Indian journal of veterinary science and animal husbandry - Volume 4,
Year: 1934
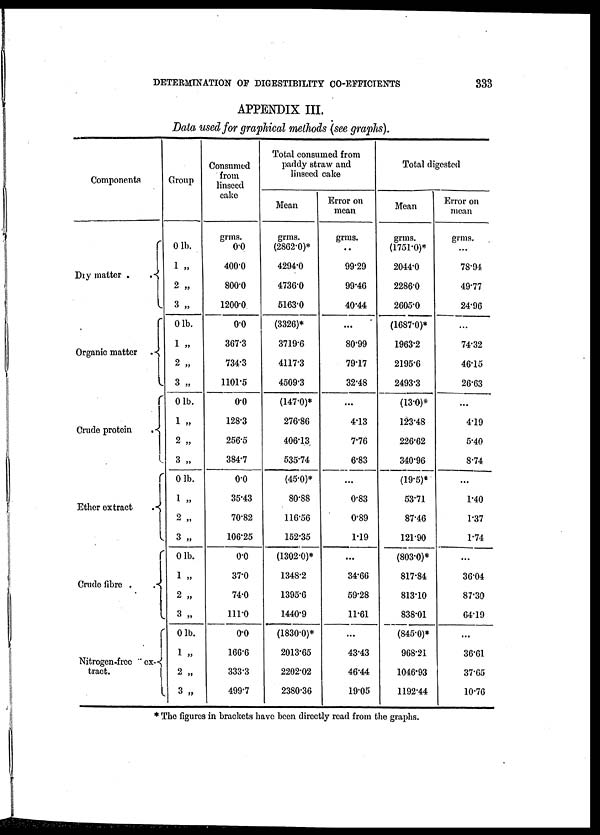
DETERMINATION OF DIGESTIBILITY CO-EFFICIENTS
333
APPENDIX III.
Data used for graphical methods (see graphs).
Components
Dry matter . . {
Organic matter . {
Crude protein . {
Ether extract . {
Crude fibre . {
Nitrogen-free ex {
tract.
Group
0 lb.
1 „
2 „
3 „
0 lb.
1 „
2 „
3 „
0 lb.
1 „
2 „
3 „
0 lb.
1 „
2
3 „
0 lb.
1 „
2 „
3 „
0 lb.
1 „
2 „
3 „
Consumed
from
linseed
cake
grms.
0.0
400.0
800.0
1200.0
0.0
367.3
734.3
1101.5
0.0
128.3
256.5
384.7
0.0
35.43
70.82
106.25
0.0
37.0
74.0
111.0
0.0
166.6
333.3
499.7
Total consumed from
paddy straw and
linseed cake
Mean
grms.
(2862.0)*
4294.0
4736.0
5163.0
(3326)*
3719.6
4117.3
4509.3
(147.0)*
276.86
406.13
535.74
(45.0)*
80.88
116.56
152.35
(1302.0)*
1348.2
1395.6
1440.9
(1830.0)*
2013.65
2202.02
2380.36
Error on
mean
grms.
..
99.29
99.46
40.44
...
80.99
79.17
32.48
...
4.13
7.76
6.83
...
0.83
0.89
1.19
...
34.66
59.28
11.61
...
43.43
46.44
19.05
Total digested
Mean
grms.
(1751.0)*
2044.0
2286.0
2605.0
(1687.0)*
1963.2
2195.6
2493.3
(13.0)*
123.48
226.62
340.96
(19.5)*
53.71
87.46
121.90
(803.0)*
817.84
813.10
838.01
(845.0)*
968.21
1046.93
1192.44
Error on
mean
grms.
...
78.94
49.77
24.96
74.32
46.15
26.63
...
4.19
5.40
8.74
...
1.40
1.37
1.74
...
36.04
87.30
64.19
...
36.61
37.65
10.76
* The figures in brackets have been directly read from the graphs.